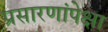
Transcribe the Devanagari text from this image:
प्रसारणांपेक्षा